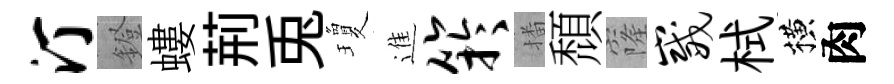
汀鐙螻荊兎瓊進竽播頹窿崴栻横肉